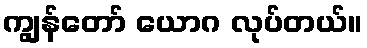
ကျွန်တော် ယောဂ လုပ်တယ်။